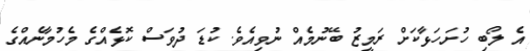
އެ ލޯބި ހުށަހަޅާކަށް ރަމީޒު ބޭނުމެއް ނުވިއެވެ. ކުޑަ ދުވަސް ކޮޅެއްގެ މެހުމާނެއްގެ